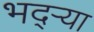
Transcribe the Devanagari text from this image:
भद्‌ऱ्या